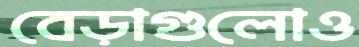
বেড়াগুলোও